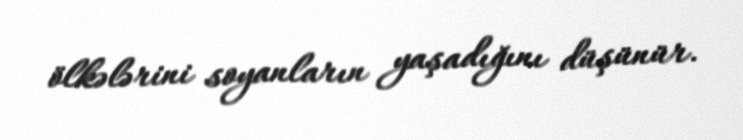
ölkələrini soyanların yaşadığını düşünür.